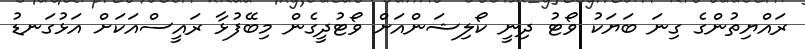
ރައްޔިތުންގެ ގިނަ ބަޔަކު ވޯޓު ދިނީ ކޯލިޝަންއަށް ވޯޓުދީގެން މިބޭފުޅާ ރައީސްއަކަށް އަޅުގަނޑު